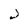
Character: J